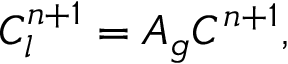
C _ { l } ^ { n + 1 } = \boldsymbol { A } _ { g } C ^ { n + 1 } ,